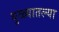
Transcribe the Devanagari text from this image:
धुळ्यातल्या